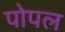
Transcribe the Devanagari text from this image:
पोपल